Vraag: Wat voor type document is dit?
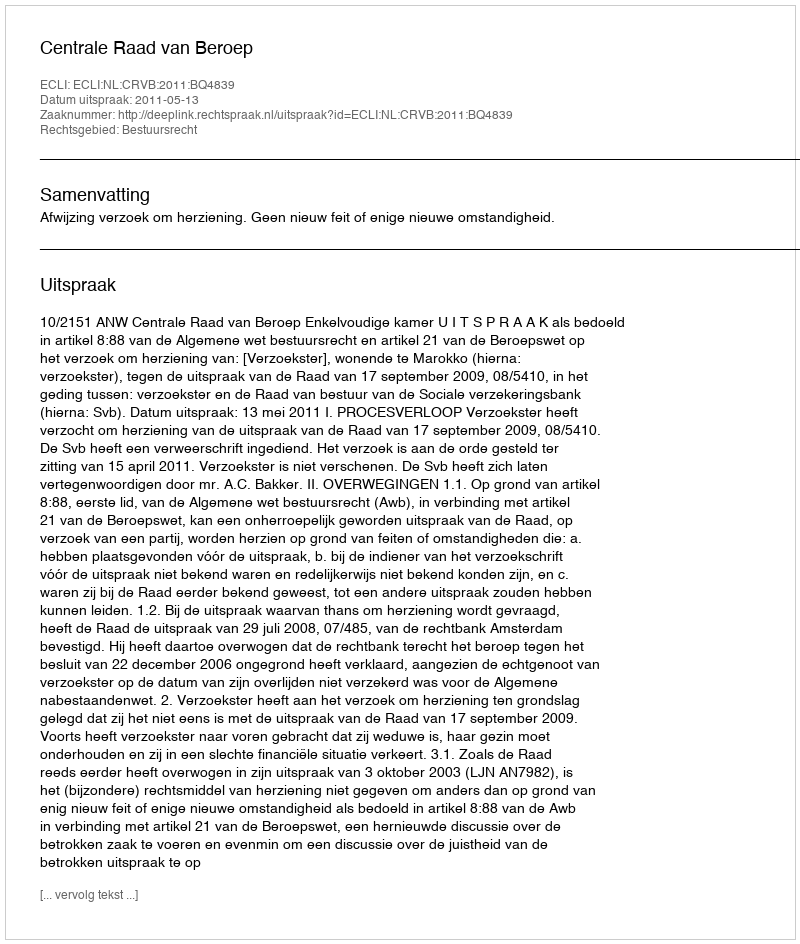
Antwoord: Uitspraak